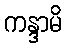
ကန္ဒာမိ